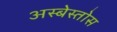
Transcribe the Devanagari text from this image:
अस्बेस्तोस